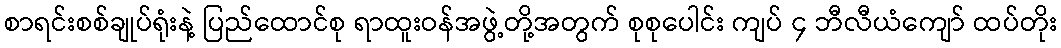
စာရင်းစစ်ချုပ်ရုံးနဲ့ ပြည်ထောင်စု ရာထူးဝန်အဖွဲ့တို့အတွက် စုစုပေါင်း ကျပ် ၄ ဘီလီယံကျော် ထပ်တိုး